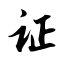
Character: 证